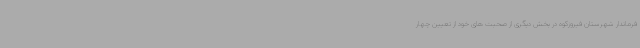
فرماندار شهرستان فیروزکوه در بخش دیگری از صحبت های خود از تعیین چهار